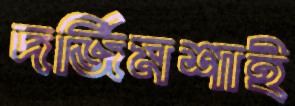
দর্জিমশাই